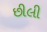
છીલી